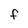
Character: f